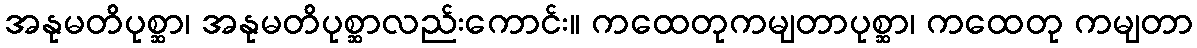
အနုမတိပုစ္ဆာ၊ အနုမတိပုစ္ဆာလည်းကောင်း။ ကထေတုကမျတာပုစ္ဆာ၊ ကထေတု ကမျတာ